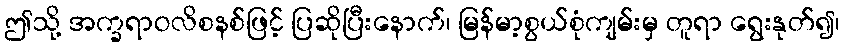
ဤသို့ အက္ခရာဝလိစနစ်ဖြင့် ပြဆိုပြီးနောက်၊ မြန်မာ့စွယ်စုံကျမ်းမှ တူရာ ရွေးနုတ်၍၊